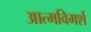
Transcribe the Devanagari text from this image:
आत्मविमर्श